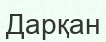
Дарқан